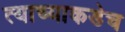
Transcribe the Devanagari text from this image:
त्याच्याकडेच